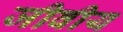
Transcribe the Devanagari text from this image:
जीवीय